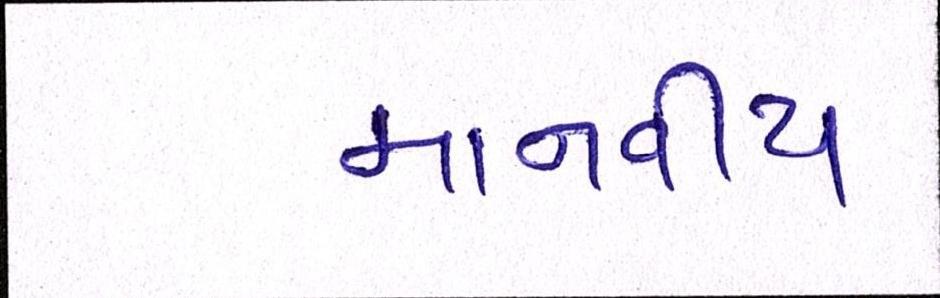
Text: માનવીય